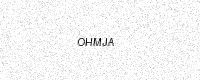
Text: OHMJA